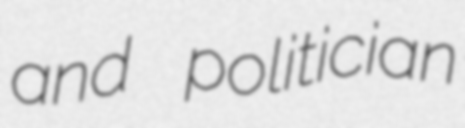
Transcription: and politician